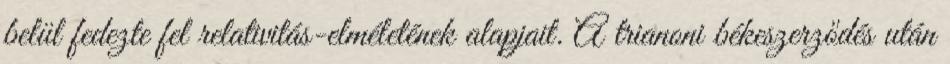
belül fedezte fel relativitás-elméletének alapjait. A trianoni békeszerződés után